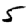
Digit: 5